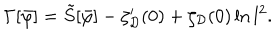
LaTeX: \Gamma [ \bar { \varphi } ] = \tilde { S } [ \bar { \varphi } ] - \zeta _ { \cal D } ^ { \prime } ( 0 ) + \zeta _ { \cal D } ( 0 ) \ln l ^ { 2 } .